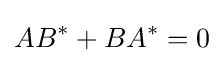
AB^{*}+BA^{*}=0